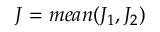
J = m e a n ( J _ { 1 } , J _ { 2 } )